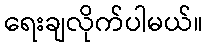
ရေးချလိုက်ပါမယ်။